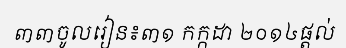
៣៣ចូលរៀន៖៣១ កក្កដា ២០១៤ផ្តល់